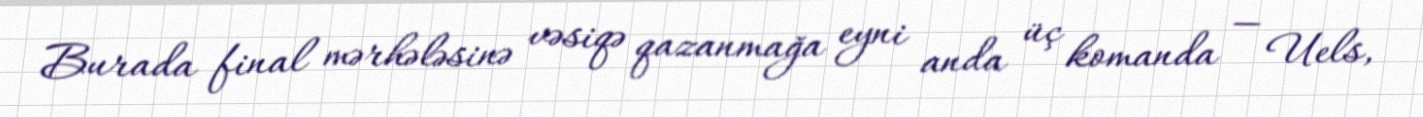
Burada final mərhələsinə vəsiqə qazanmağa eyni anda üç komanda — Uels,